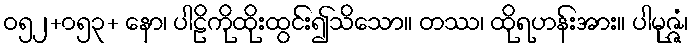
ဝ၅၂+၀၅၃+ နော၊ ပါဠိကိုထိုးထွင်း၍သိသော။ တဿ၊ ထိုရဟန်းအား။ ပါမုဇ္ဇံ၊